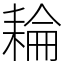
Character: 耣